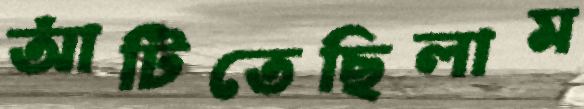
আঁটিতেছিলাম